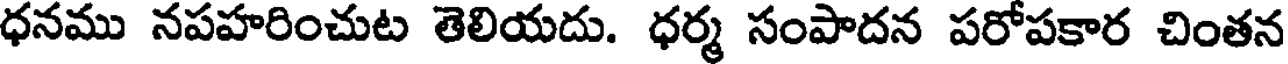
ధనము నపహరించుట తెలియదు. ధర్మ సంపాదన పరోపకార చింతన